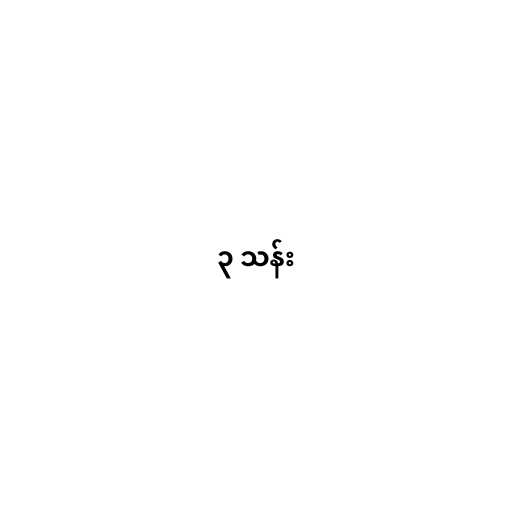
၃ သန်း